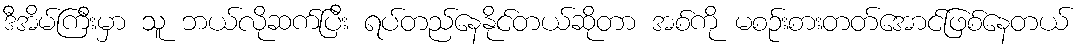
ဒီအိမ်ကြီးမှာ သူ ဘယ်လိုဆက်ပြီး ရပ်တည်နေနိုင်တယ်ဆိုတာ အစ်ကို မစဉ်းစားတတ်အောင်ဖြစ်နေတယ်